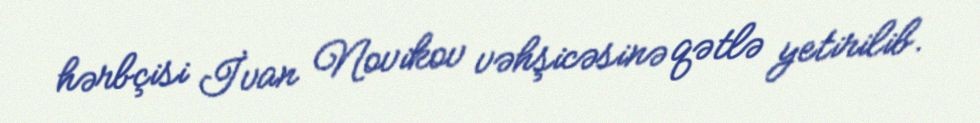
hərbçisi İvan Novikov vəhşicəsinə qətlə yetirilib.